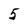
Character: 5